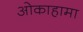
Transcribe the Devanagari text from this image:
ओकाहामा